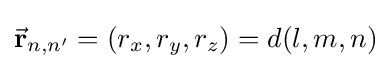
{\vec {\mathbf {r} }}_{n,n'}=(r_{x},r_{y},r_{z})=d(l,m,n)